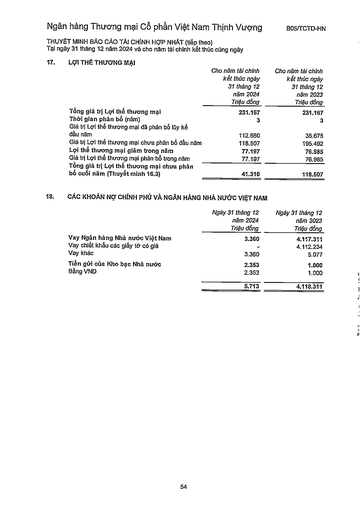
||Cho năm tài chính kết thúc ngày 31 tháng 12 năm 2024 Triệu đồng|Cho năm tài chính kết thúc ngày 31 tháng 12 năm 2023 Triệu đồng| |---|---|---| |Tổng giá trị Lợi thế thương mại|231.167|231.167| |Thời gian phân bổ (năm)|3|3| |Giá trị Lợi thế thương mại đã phân bổ tũy kế đầu năm|112.660|35.675| |Giá trị Lợi thế thương mại chưa phân bổ đầu năm|118.507|195.492| |Lợi thế thương mại giảm trong năm|77.197|76.985| |Giá trị Lợi thế thương mại phân bổ trong năm|77.197|76.985| |Tổng giá trị Lợi thế thương mại chưa phân bổ cuối năm (Thuyết minh 16.3)|41.310|118.507| ||Ngày 31 tháng 12 năm 2024 Triệu đồng|Ngày 31 tháng 12 năm 2023 Triệu đồng| |---|---|---| |Vay Ngân hàng Nhà nước Việt Nam|3.360|4.117.311| |Vay chiết khấu các giấy tờ có giá|-|4.112.234| |Vay khác|3.360|5.077| |Tiền gửi của Kho bạc Nhà nước|2.353|1.000| |Bằng VND|2.353|1.000| ||5.713|4.118.311|